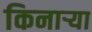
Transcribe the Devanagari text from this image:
किनार्‍या